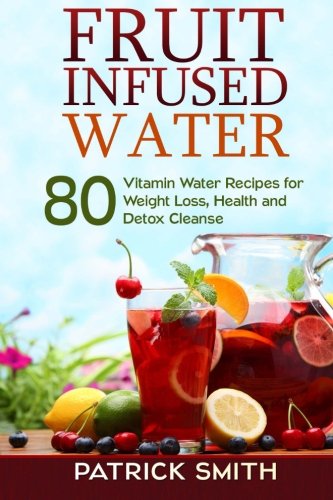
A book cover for Fruit Infused Water: 80 Vitamin Water Recipes for  Weight Loss, Health and Detox Cleanse (Vitamin Water, Fruit Infused Water, Natural Herbal Remedies, Detox Diet, Liver Cleanse); Patrick Smith; Cookbooks, Food & Wine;